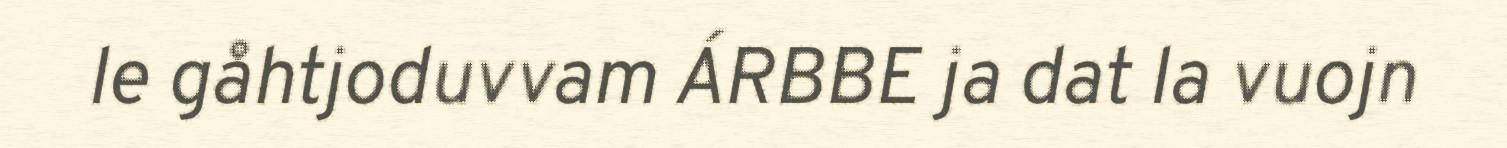
le gåhtjoduvvam ÁRBBE ja dat la vuojn